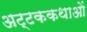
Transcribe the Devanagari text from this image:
अट्टककथाओं